Medical and sanitary report of the native army of Bengal for the year
Year: 1876
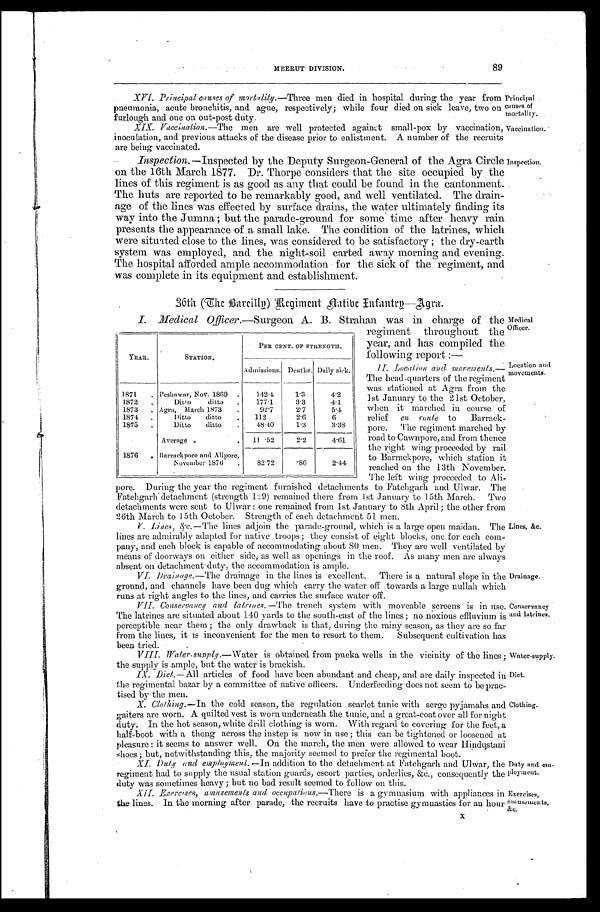
MEERUT DIVISION. 89
XVI. Principal, causes of mortality. —Three men died in hospital during the year from
pneumonia, acute bronchitis, and ague, respectively; while four died on sick leave, two on
furlough and one on out-post duty.
XIX. Vaccination. —The men are well protected against small-pox by vaccination,
inoculation, and previous attacks of the disease prior to enlistment. A number of the recruits
are being vaccinated.
Inspection. —Inspected by the Deputy Surgeon-General of the Agra Circle
on the 16th March 1877. Dr. Thorpe considers that the site occupied by the
lines of this regiment is as good as any that could be found in the cantonment.
The huts are reported to be remarkably good, and well ventilated. The drain-
age of the lines was effected by surface drains, the water ultimately finding its
way into the Jumna; but the parade-ground for some time after heavy rain
presents the appearance of a small lake. The condition of the latrines, which
were situated close to the lines, was considered to be satisfactory ; the dry-earth
system was employed, and the night-soil carted away morning and evening.
The hospital afforded ample accommodation for the sick of the regiment, and
was complete in its equipment and establishment.
36th (The Barcilly) Regiment Native Infantry—Agra.
Principal
causes of
mortality.
Vaccination.
Inspection.
I. Medical Officer. —Surgeon A. B. Strahan was in charge of the Medical
Officer.
Location and
movements.
YEAR.
STATION.
PER CENT. OF STRENGTH.
Admissions. Deaths. Daily sick.
1871 . Peshawar, Nov. 1869 .
142.4
1.3
4.2
1872 .
Ditto ditto .
177.1
3.3
4.1
1873 . Agra, March 1873
.
92.7
2.7
5.4
1874 .
Ditto ditto .
112
2.6
6
1875 .
Ditto ditto
.
48.40
1.3
3.38
Average .
.
11.52
2.2
4.61
1876 . Barrackpore and Alipore,
November 1876 .
82.72
.86
2.44
regiment throughout the
year, and has compiled the
following report :
—
II. Location and movements.
— T h e h e a d - q u a r t e r s o f t h e r e g i m e n t
was stationed at Agra from the
1st January to the 21st October,
when it marched in course of
relief en route to Barrack-
pore. The regiment marched by
road to Cawnpore, and from thence
the right wing proceeded by rail
to Barrackpore, which station it
reached on the 13th November.
The left wing proceeded to Ali-
pore. During the year the regiment furnished detachments to Fatehgarh and Ulwar. The
Fatehgarh detachment (strength 129) remained there from 1st January to 15th March. Two
detachments were sent to Ulwar : one remained from 1st January to 8th April ; the other from
26th March to 15th October. Strength of each detachment 51 men.
V. Lines, &c. —The lines adjoin the parade-ground, which is a large open maidan. The
lines are admirably adapted for native troops; they consist of eight blocks, one for each com-
pany, and each block is capable of accommodating about 80 men. They are well ventilated by
means of doorways on either side, as well as openings in the roof. As many men are always
absent on detachment duty, the accommodation is ample.
VI. Drainage. —The drainage in the lines is excellent. There is a natural slope in the
ground, and channels have been dug which carry the water off towards a large nullah which
runs at right angles to the lines, and carries the surface water off.
VII. Conservancy and latrines. —The trench system with moveable screens is in use.
The latrines are situated about 140 yards to the south-east of the lines ; no noxious effluvium is
perceptible near them; the only drawback is that, during the rainy season, as they are so far
from the lines, it is inconvenient for the men to resort to them. Subsequent cultivation has
been tried.
VIII. Water- supply. —Water is obtained from pucka wells in the vicinity of the lines ;
the supply is ample, but the water is brackish.
IX. Diet. —All articles of food have been abundant and cheap, and are daily inspected in
the regimental bazar by a committee of native officers. Underfeeding does not seem to be prac-
tised by the men.
X. Clothing.—In the cold season, the regulation scarlet tunic with serge pyjamahs and
gaiters are worn. A quilted vest is worn underneath the tunic, and a great-coat over all for night
duty. In the hot season, white drill clothing is worn. With regard to covering for the feet, a
half-boot with a thong across the instep is now in use ; this can be tightened or loosened at
pleasure : it seems to answer well. On the march, the men were allowed to wear Hindustani
s h o e s ; b u t , n o t w i t h s t a n d i n g t h i s , t h e m a j o r i t y s e e m e d t o p r e f e r t h e r e g i m e n t a l b o o t .
XI. Duty and employment. —In addition to the detachment at Fatehgarh and Ulwar, the
regiment had to supply the usual station guards, escort parties, orderlies, &c., consequently the
duty was sometimes heavy; but no bad result seemed to follow on this.
XII. Exercises, amusements and occupations. —There is a gymnasium with appliances in
the lines. In the morning after parade, the recruits have to practise gymnastics for an hour
X
Lines, &c.
Drainage.
Conservancy
and latrines.
Water-supply.
Diet.
Clothing.
Duty and em-
ployment.
Exercises,
amusements,
&c.